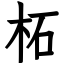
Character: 柘